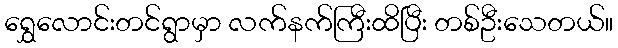
ရွှေလောင်းတင်ရွာမှာ လက်နက်ကြီးထိပြီး တစ်ဦးသေတယ်။